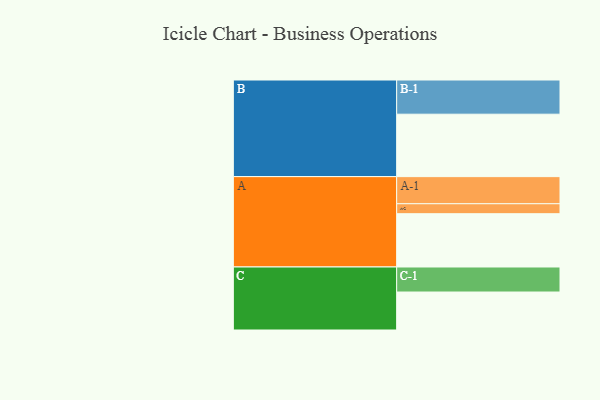
{"axis": {"x": "Segment", "y": "Value"}, "legend": ["", "A", "B", "C"], "data": [{"x": "A", "y": 466, "type": ""}, {"x": "B", "y": 546, "type": ""}, {"x": "C", "y": 332, "type": ""}, {"x": "A-1", "y": 237, "type": "A"}, {"x": "A-2", "y": 87, "type": "A"}, {"x": "B-1", "y": 299, "type": "B"}, {"x": "C-1", "y": 219, "type": "C"}]}